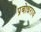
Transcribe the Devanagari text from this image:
प्रबोधराय